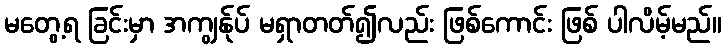
မတွေ့ရ ခြင်းမှာ အကျွန်ုပ် မရှာတတ်၍လည်း ဖြစ်ကောင်း ဖြစ် ပါလိမ့်မည်။